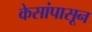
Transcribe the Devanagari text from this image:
केसांपासून